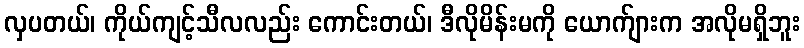
လှပတယ်၊ ကိုယ်ကျင့်သီလလည်း ကောင်းတယ်၊ ဒီလိုမိန်းမကို ယောက်ျားက အလိုမရှိဘူး